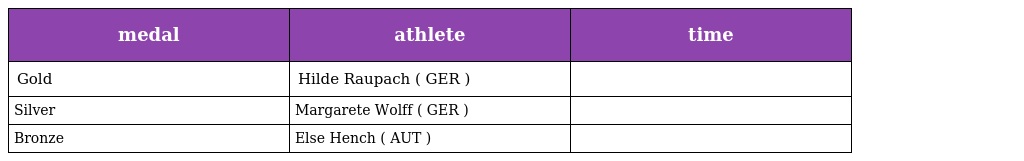
| medal | athlete | time |
 | --- | --- | --- |
 | Gold | Hilde Raupach ( GER ) |  |
 | Silver | Margarete Wolff ( GER ) |  |
 | Bronze | Else Hench ( AUT ) |  |